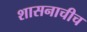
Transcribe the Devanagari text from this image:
शासनाचीच